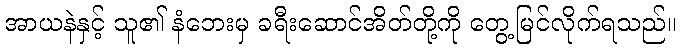
အာယနဲနှင့် သူ၏ နံဘေးမှ ခရီးဆောင်အိတ်တို့ကို တွေ့မြင်လိုက်ရသည်။